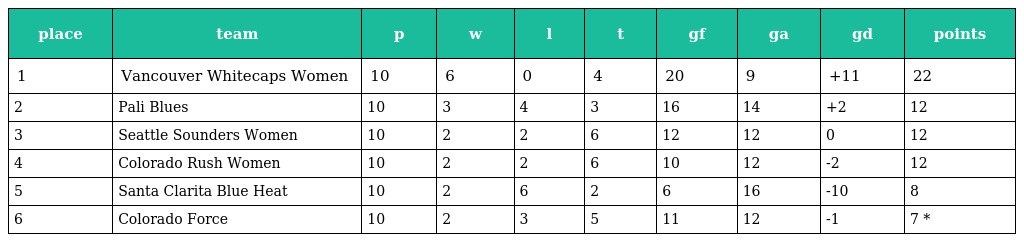
| place | team | p | w | l | t | gf | ga | gd | points |
 | --- | --- | --- | --- | --- | --- | --- | --- | --- | --- |
 | 1 | Vancouver Whitecaps Women | 10 | 6 | 0 | 4 | 20 | 9 | +11 | 22 |
 | 2 | Pali Blues | 10 | 3 | 4 | 3 | 16 | 14 | +2 | 12 |
 | 3 | Seattle Sounders Women | 10 | 2 | 2 | 6 | 12 | 12 | 0 | 12 |
 | 4 | Colorado Rush Women | 10 | 2 | 2 | 6 | 10 | 12 | -2 | 12 |
 | 5 | Santa Clarita Blue Heat | 10 | 2 | 6 | 2 | 6 | 16 | -10 | 8 |
 | 6 | Colorado Force | 10 | 2 | 3 | 5 | 11 | 12 | -1 | 7 * |